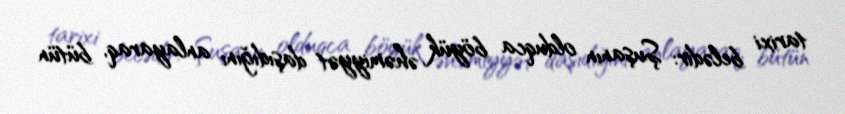
tarixi belədir: Şuşanın olduqca böyük əhəmiyyət daşıdığını anlayaraq, bütün